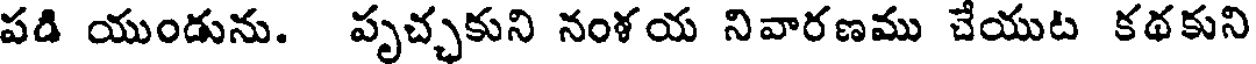
పడి యుండును. పృచ్ఛకుని నంళయ నివారణము చేయుట కథకుని